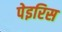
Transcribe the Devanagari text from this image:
पेइरिस